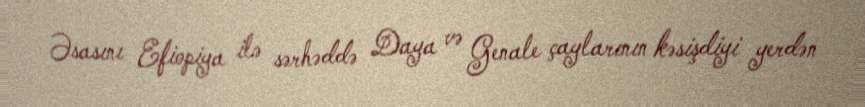
Əsasını Efiopiya ilə sərhəddə Daya və Genale çaylarının kəsişdiyi yerdən